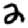
Digit: 2